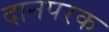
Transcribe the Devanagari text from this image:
दानपरक